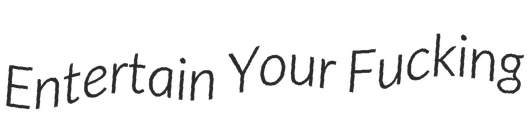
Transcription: Entertain Your Fucking